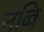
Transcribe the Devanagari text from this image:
नव्वि